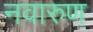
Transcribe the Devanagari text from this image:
नवारुण